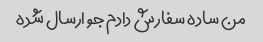
من ساده سفارش دادم جو ارسال شده